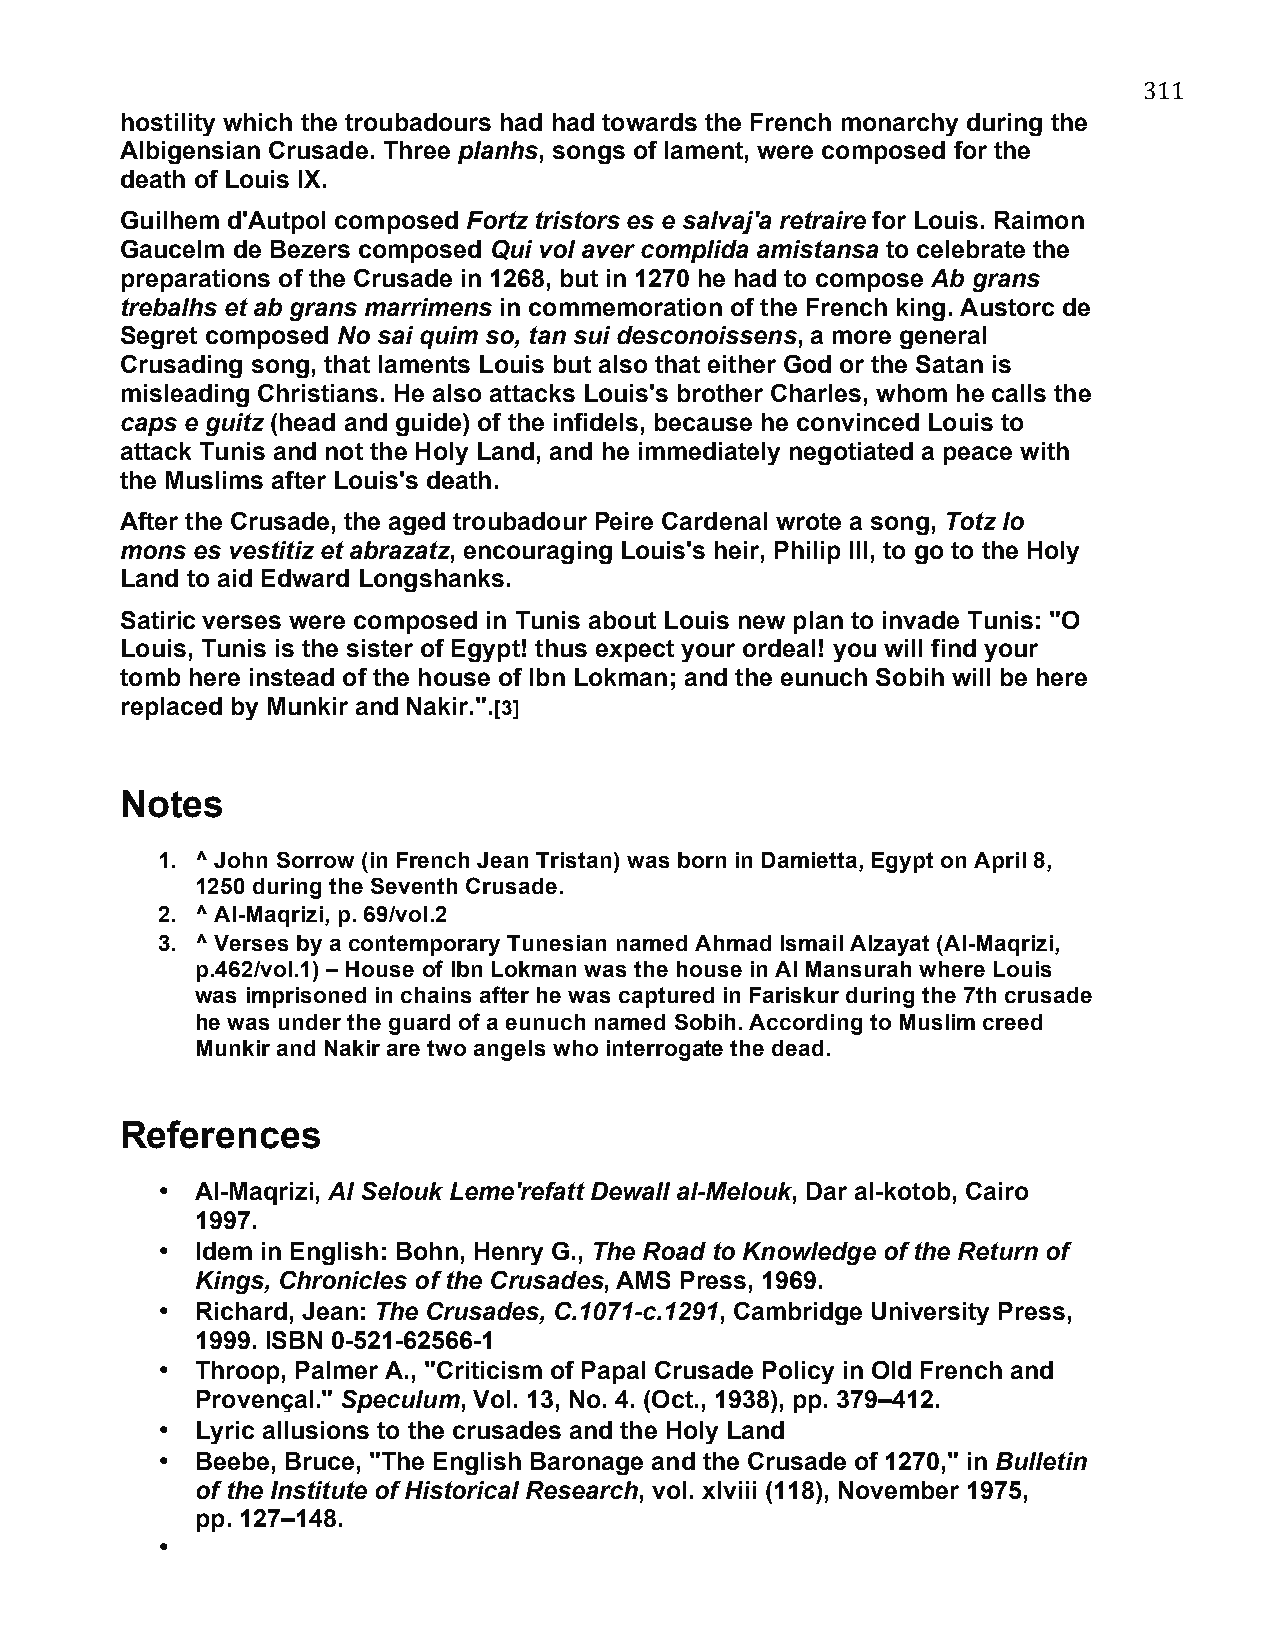
311
 hostility which the troubadours had had towards the French monarchy during the
 Albigensian Crusade. Three planhs, songs of lament, were composed for the
 death of Louis IX.
 Guilhem d'Autpol composed Fortz tristors es e salvaj'a retraire for Louis. Raimon
 Gaucelm de Bezers composed Qui vol aver complida amistansa to celebrate the
 preparations of the Crusade in 1268, but in 1270 he had to compose Ab grans
 trebalhs et ab grans marrimens in commemoration of the French king. Austorc de
 Segret composed No sai quim so, tan sui desconoissens, a more general
 Crusading song, that laments Louis but also that either God or the Satan is
 misleading Christians. He also attacks Louis's brother Charles, whom he calls the
 caps e guitz (head and guide) of the infidels, because he convinced Louis to
 attack Tunis and not the Holy Land, and he immediately negotiated a peace with
 the Muslims after Louis's death.
 After the Crusade, the aged troubadour Peire Cardenal wrote a song, Totz lo
 mons es vestitiz et abrazatz, encouraging Louis's heir, Philip III, to go to the Holy
 Land to aid Edward Longshanks.
 Satiric verses were composed in Tunis about Louis new plan to invade Tunis: "O
 Louis, Tunis is the sister of Egypt! thus expect your ordeal! you will find your
 tomb here instead of the house of Ibn Lokman; and the eunuch Sobih will be here
 replaced by Munkir and Nakir.".[3]
 Notes
 1. ^ John Sorrow (in French Jean Tristan) was born in Damietta, Egypt on April 8,
 1250 during the Seventh Crusade.
 2. ^ Al-Maqrizi, p. 69/vol.2
 3. ^ Verses by a contemporary Tunesian named Ahmad Ismail Alzayat (Al-Maqrizi,
 p.462/vol.1) – House of Ibn Lokman was the house in Al Mansurah where Louis
 was imprisoned in chains after he was captured in Fariskur during the 7th crusade
 he was under the guard of a eunuch named Sobih. According to Muslim creed
 Munkir and Nakir are two angels who interrogate the dead.
 References
 •  Al-Maqrizi, Al Selouk Leme'refatt Dewall al-Melouk, Dar al-kotob, Cairo
 1997.
 •  Idem in English: Bohn, Henry G., The Road to Knowledge of the Return of
 Kings, Chronicles of the Crusades, AMS Press, 1969.
 •  Richard, Jean: The Crusades, C.1071-c.1291, Cambridge University Press,
 1999. ISBN 0-521-62566-1
 •  Throop, Palmer A., "Criticism of Papal Crusade Policy in Old French and
 Provençal." Speculum, Vol. 13, No. 4. (Oct., 1938), pp. 379–412.
 •  Lyric allusions to the crusades and the Holy Land
 •  Beebe, Bruce, "The English Baronage and the Crusade of 1270," in Bulletin
 of the Institute of Historical Research, vol. xlviii (118), November 1975,
 pp. 127–148.
 •